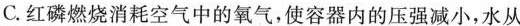
C.红磷燃烧消耗空气中的氧气，使容器内的压强减小，水从